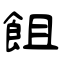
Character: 飷